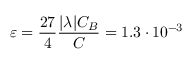
\varepsilon = \frac { 2 7 } { 4 } \frac { | \lambda | C _ { B } } { C } = 1 . 3 \cdot 1 0 ^ { - 3 }